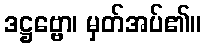
ဒဋ္ဌဗ္ဗော၊ မှတ်အပ်၏။